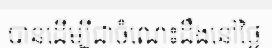
បានដើម្បីជាចំណេះដឹងនៅថ្ងៃ